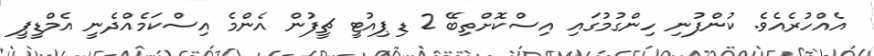
އެއްހުރެއެވެ. ކުންފުނި ހިންގުމުގައި އިސްކޮށްތިބޭ 2 ޑިޕިއުޓީ ޗީފުން އެންމެ އިސްކަމެއްދެނީ އެމްޑީޕީ